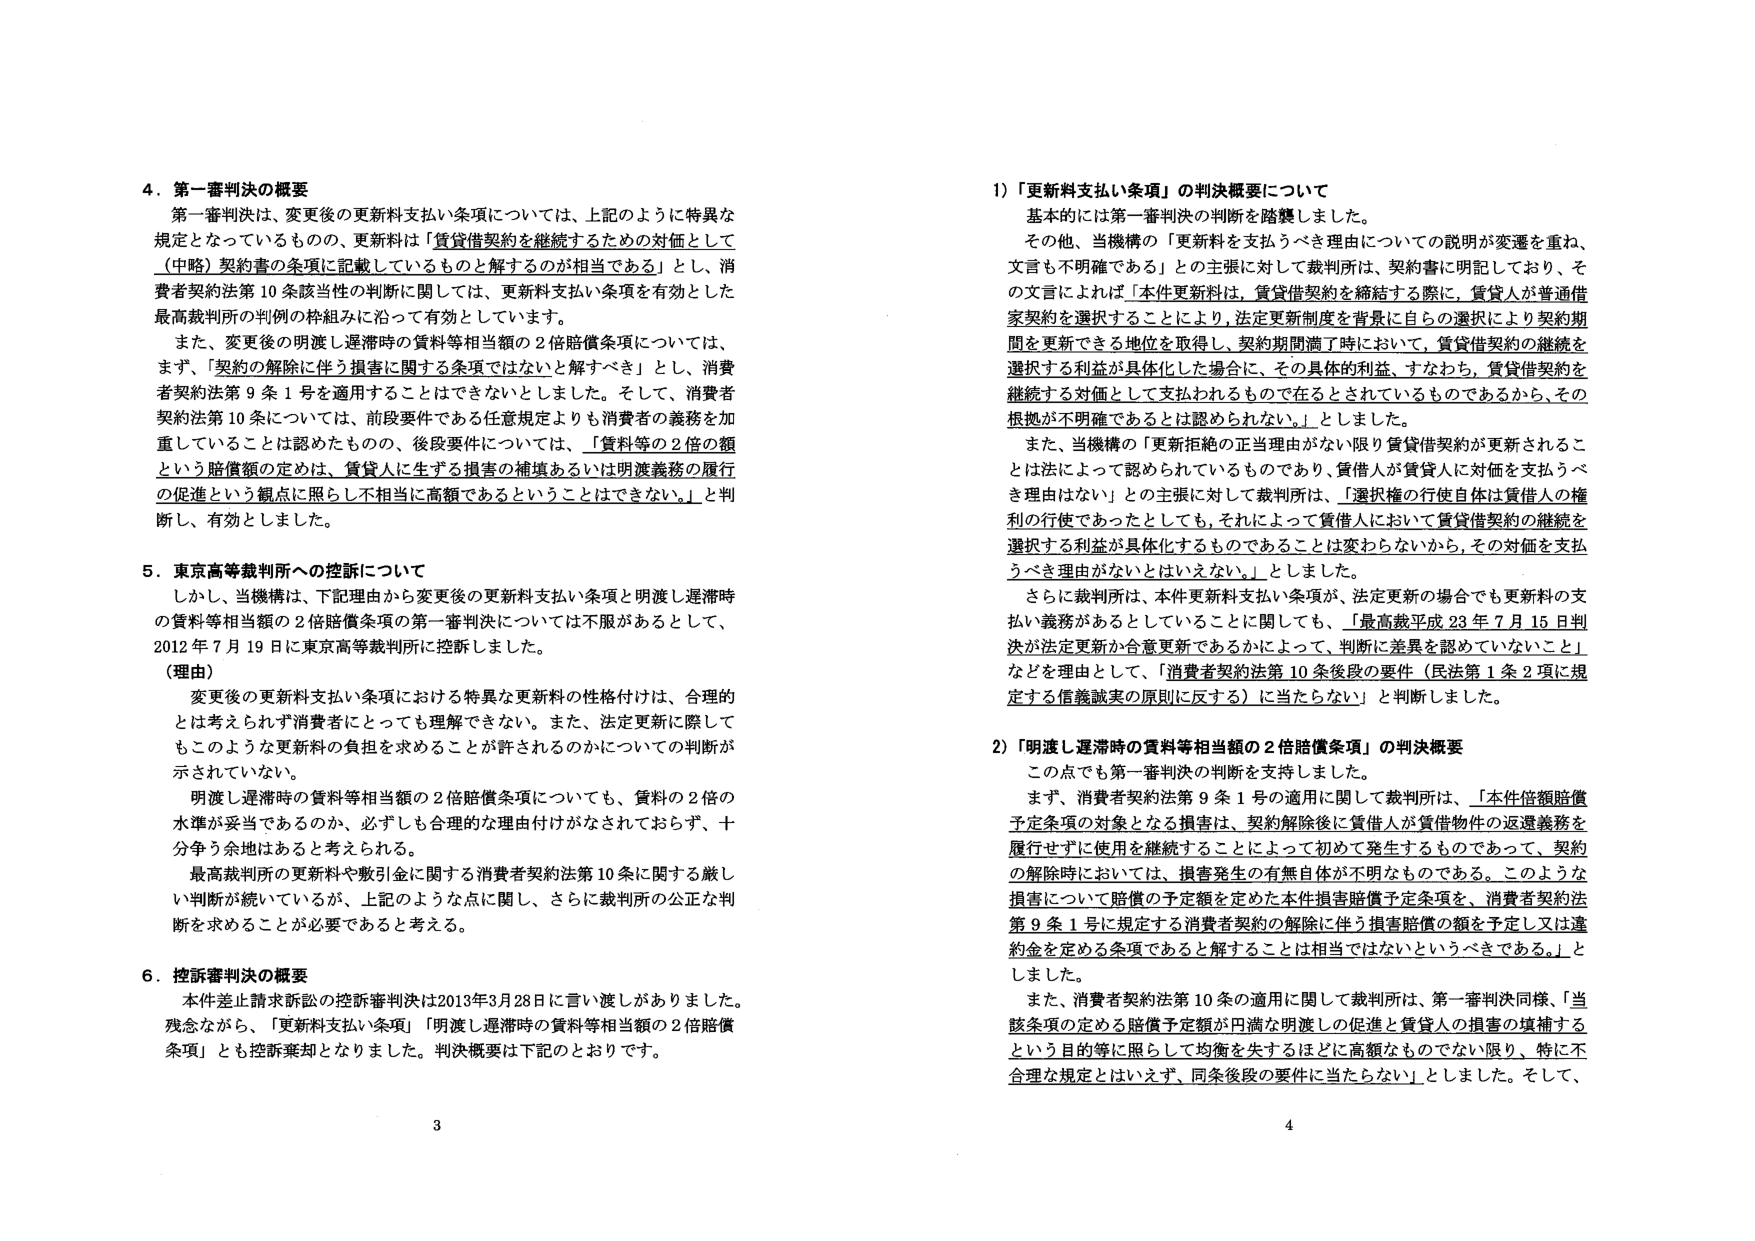
4. 第一審判決の概要
第一審判決は、変更後の更新料支払い条項については、上記のように特異な規定となっているものの、更新料は「賃貸借契約を継続するための対価として（中略）契約書の条項に記載しているものと解するのが相当である」とし、消費者契約法第10条該当性の判断に関しては、更新料支払い条項を有効とした最高裁判所の判例の枠組みに沿って有効としています。

また、変更後の明渡し遅滞時の賃料等相当額の2倍賠償条項については、まず、「契約の解除に伴う損害に関する条項ではないと解すべき」とし、消費者契約法第9条1号を適用することはできないとしました。そして、消費者契約法第10条については、前段要件である任意規定よりも消費者の義務を加重していることは認めたものの、後段要件については、「賃料等の2倍の額という賠償額の定めは、賃貸人に生ずる損害の補填あるいは明渡義務の履行の促進という観点に照らし不相当に高額であるということはできない。」と判断し、有効としました。

5. 東京高等裁判所への控訴について
しかし、当機構は、下記理由から変更後の更新料支払い条項と明渡し遅滞時の賃料等相当額の2倍賠償条項の第一審判決については不服があるとして、2012年7月19日に東京高等裁判所に控訴しました。

（理由）
変更後の更新料支払い条項における特異な更新料の性格付けは、合理的とは考えられず消費者にとっても理解できない。また、法定更新に際してもこのような更新料の負担を求めることが許されるのかについての判断が示されていない。

明渡し遅滞時の賃料等相当額の2倍賠償条項についても、賃料の2倍の水準が妥当であるのか、必ずしも合理的な理由付けがなされておらず、十分争う余地はあると考えられる。

最高裁判所の更新料や敷引金に関する消費者契約法第10条に関する厳しい判断が続いているが、上記のような点に関し、さらに裁判所の公正な判断を求めることが必要であると考える。

6. 控訴審判決の概要
本件差止請求訴訟の控訴審判決は2013年3月28日に言い渡しがありました。残念ながら、「更新料支払い条項」「明渡し遅滞時の賃料等相当額の2倍賠償条項」とも控訴棄却となりました。判決概要は下記のとおりです。

1) 「更新料支払い条項」の判決概要について
基本的には第一審判決の判断を踏襲しました。

その他、当機構の「更新料を支払うべき理由についての説明が変遷を重ね、文言も不明確である」との主張に対して裁判所は、契約書に明記しており、その文言によれば「本件更新料は、賃貸借契約を締結する際に、賃貸人が普通借家契約を選択することにより、法定更新制度を背景に自らの選択により契約期間を更新できる地位を取得し、契約期間満了時において、賃貸借契約の継続を選択する利益が具体化した場合に、その具体的利益、すなわち、賃貸借契約を継続する対価として支払われるものであるとされているものであるから、その根拠が不明確であるとは認められない。」としました。

また、当機構の「更新拒絶の正当理由がない限り賃貸借契約が更新されることは法によって認められているものであり、賃借人が賃貸人に対価を支払うべき理由はない」との主張に対して裁判所は、「選択権の行使自体は賃借人の権利の行使であったとしても、それによって賃借人において賃貸借契約の継続を選択する利益が具体化するものであることは変わらないから、その対価を支払うべき理由がないとはいえない。」としました。

さらに裁判所は、本件更新料支払い条項が、法定更新の場合でも更新料の支払い義務があるとしていることに関しても、「最高裁平成23年7月15日判決が法定更新か合意更新であるかによって、判断に差異を認めていないこと」などを理由として、「消費者契約法第10条後段の要件（民法第1条2項に規定する信義誠実の原則に反する）に当たらない」と判断しました。

2) 「明渡し遅滞時の賃料等相当額の2倍賠償条項」の判決概要
この点でも第一審判決の判断を支持しました。

まず、消費者契約法第9条1号の適用に関して裁判所は、「本件信頼賠償予定条項の対象となる損害は、契約解除後に賃借人が賃貸物件の返還義務を履行せずに使用を継続することによって初めて発生するものであって、契約の解除時においては、損害発生の有無自体が不明なものである。このような損害について賠償の予定額を定めた本件損害賠償予定条項を、消費者契約法第9条1号に規定する消費者契約の解除に伴う損害賠償の額を予定し又は違約金を定める条項であると解することは相当ではないといえる。」としました。

また、消費者契約法第10条の適用に関して裁判所は、第一審判決同様、「当該条項の定める賠償予定額が円満な明渡しの促進と賃貸人の損害の填補するという目的等に照らして均衡を失するほどに高額なものでない限り、特に不合理な規定とはいえず、同条後段の要件に当たらない」としました。そして、

3
4